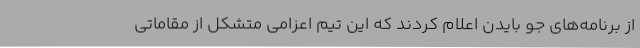
از برنامه‌های جو بایدن اعلام کردند که این تیم اعزامی متشکل از مقاماتی